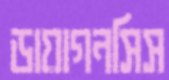
ডায়াগনসিস